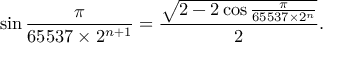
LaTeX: \sin { \frac { \pi } { 6 5 5 3 7 \times 2 ^ { n + 1 } } } = { \frac { \sqrt { 2 - 2 \cos { \frac { \pi } { 6 5 5 3 7 \times 2 ^ { n } } } } } { 2 } } .